Holstre_vallavalitsus, lk 102
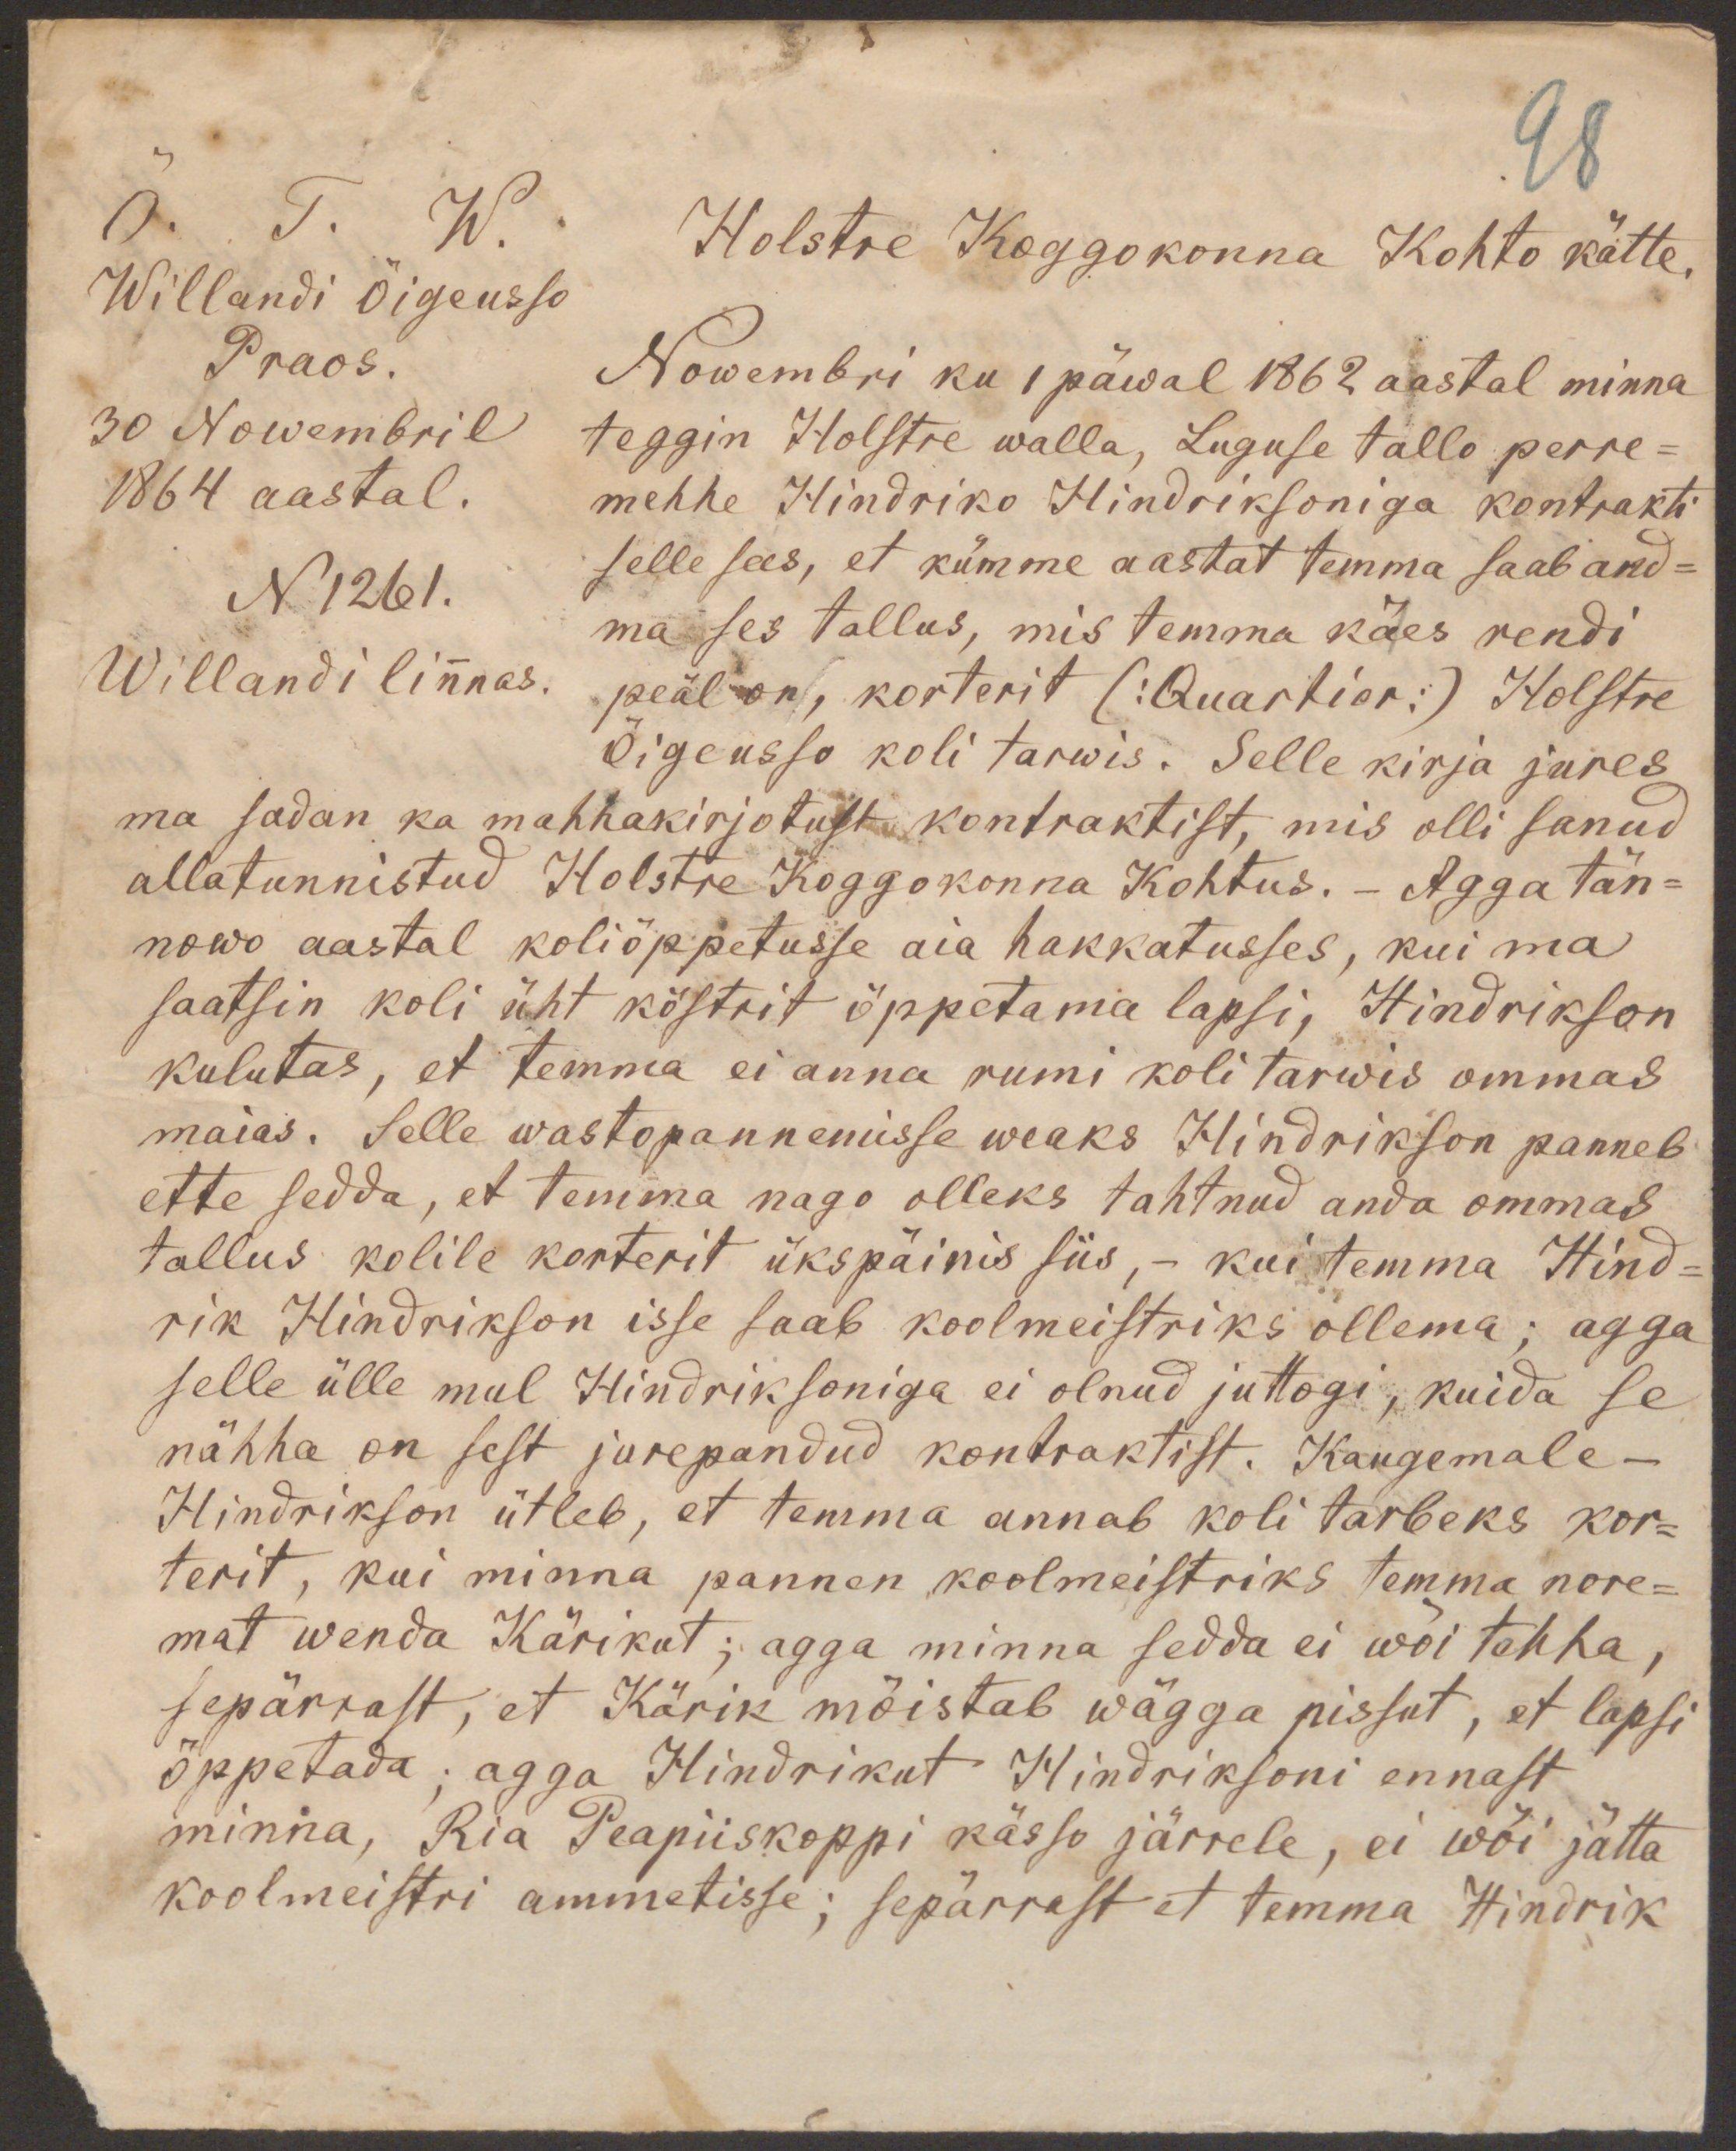
O. T. W.
Holstre Koggokonna Kohto kätte,
Willandi Õigeusso
Praos.
Nowembri ku I päwal 1862 aastal minna
30 Nowembril
teggin Holstre walla, Luguse tallo perre-
1864 aastal.
mehhe Hindriko Hindriksoniga kontrakti
N 1261.
selle sees, et kümme aastat temma saab and-
ma ses tallus, mis temma käes rendi
Willandi linnas.
peäl on, korterit (:Quartier:) Holstre
Õigeusso koli tarwis. Selle kirja jures
ma sadan ka mahhakirjotust kontraktist, mis olli sanud
allatunnistud Holstre Koggokonna Kohtus. - Agga tän-
nowo aastal koliõppetusse aia hakkatusses, kui ma
saatsin koli üht köstrit õppetama lapsi, Hindrikson
kulutas, et temma ei anna rumi koli tarwis ommas
maias. Selle wastopannemisse weaks Hindrikson panneb
ette sedda, et temma nago olleks tahtnud anda ommas
tallus kolile korterit ükspäinis siis, - kui temma Hind-
rik Hindrikson isse saab koolmeistriks ollema; agga
selle ülle mul Hindriksoniga ei olnud juttogi, kuida se
nähha on sest jurepandud kontraktist. Kaugemale -
Hindrikson ütleb, et temma annab koli tarbeks kor-
terit, kui minna pannen koolmeistriks temma nore-
mat wenda Kärikut; agga minna sedda ei wõi tehha,
sepärrast, et Kärik mõistab wägga pissut, et lapsi
õppetada; agga Hindrikut Hindriksoni ennast
minna, Ria Peapiiskoppi kässo järrele, ei wõi jätta
koolmeistri ammetisse; sepärrast et temma Hindrik